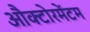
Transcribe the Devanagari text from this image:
औक्टोरमेंटम